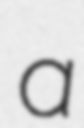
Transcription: a